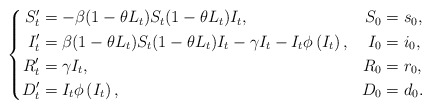
\begin{align*}\left\{\begin{aligned}S^\prime_t&=-\beta(1-\theta L_t)S_t (1-\theta L_t )I_t, & S_0 &= s_0, \\I^\prime_t &=\beta(1-\theta L_t )S_t (1-\theta L_t )I_t -\gamma I_t -I_t \phi\left(I_t \right), & I_0 &= i_0,\\R^\prime_t &=\gamma I_t, & R_0 &= r_0, \\D^\prime_t &=I_t \phi\left(I_t \right), & D_0 &= d_0.\\\end{aligned}\right.\end{align*}